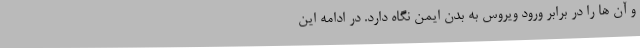
و آن ها را در برابر ورود ویروس به بدن ایمن نگاه دارد. در ادامه این